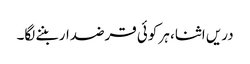
دریں اثنا، ہر کوئی قرضدار بننے لگا۔